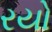
રયો